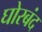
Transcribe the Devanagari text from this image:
घोरबंद